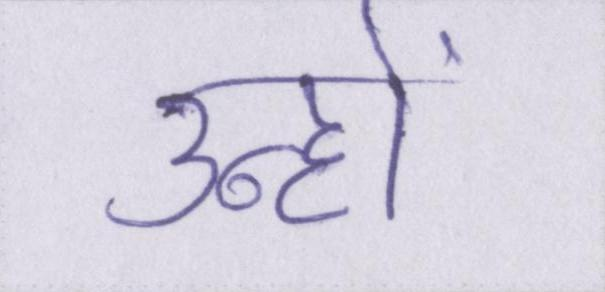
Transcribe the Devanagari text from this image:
उन्हों